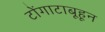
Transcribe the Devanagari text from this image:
टोंगाटाबूहून